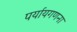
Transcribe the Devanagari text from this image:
पर्यायगणना